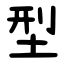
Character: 型